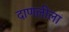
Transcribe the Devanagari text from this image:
दाणलीला